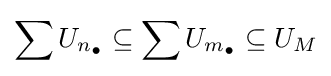
\sum U_{n_{\bullet }}\subseteq \sum U_{m_{\bullet }}\subseteq U_{M}